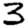
Digit: 3